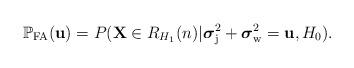
LaTeX: \begin{align*}\mathbb {P}_{\rm FA}({\mathbf u}) = P({\mathbf X} \in R_{H_1}(n) | \boldsymbol{\sigma}_{\rm j}^2 + \boldsymbol{\sigma}_{\rm w}^2={\mathbf u}, H_0).\end{align*}